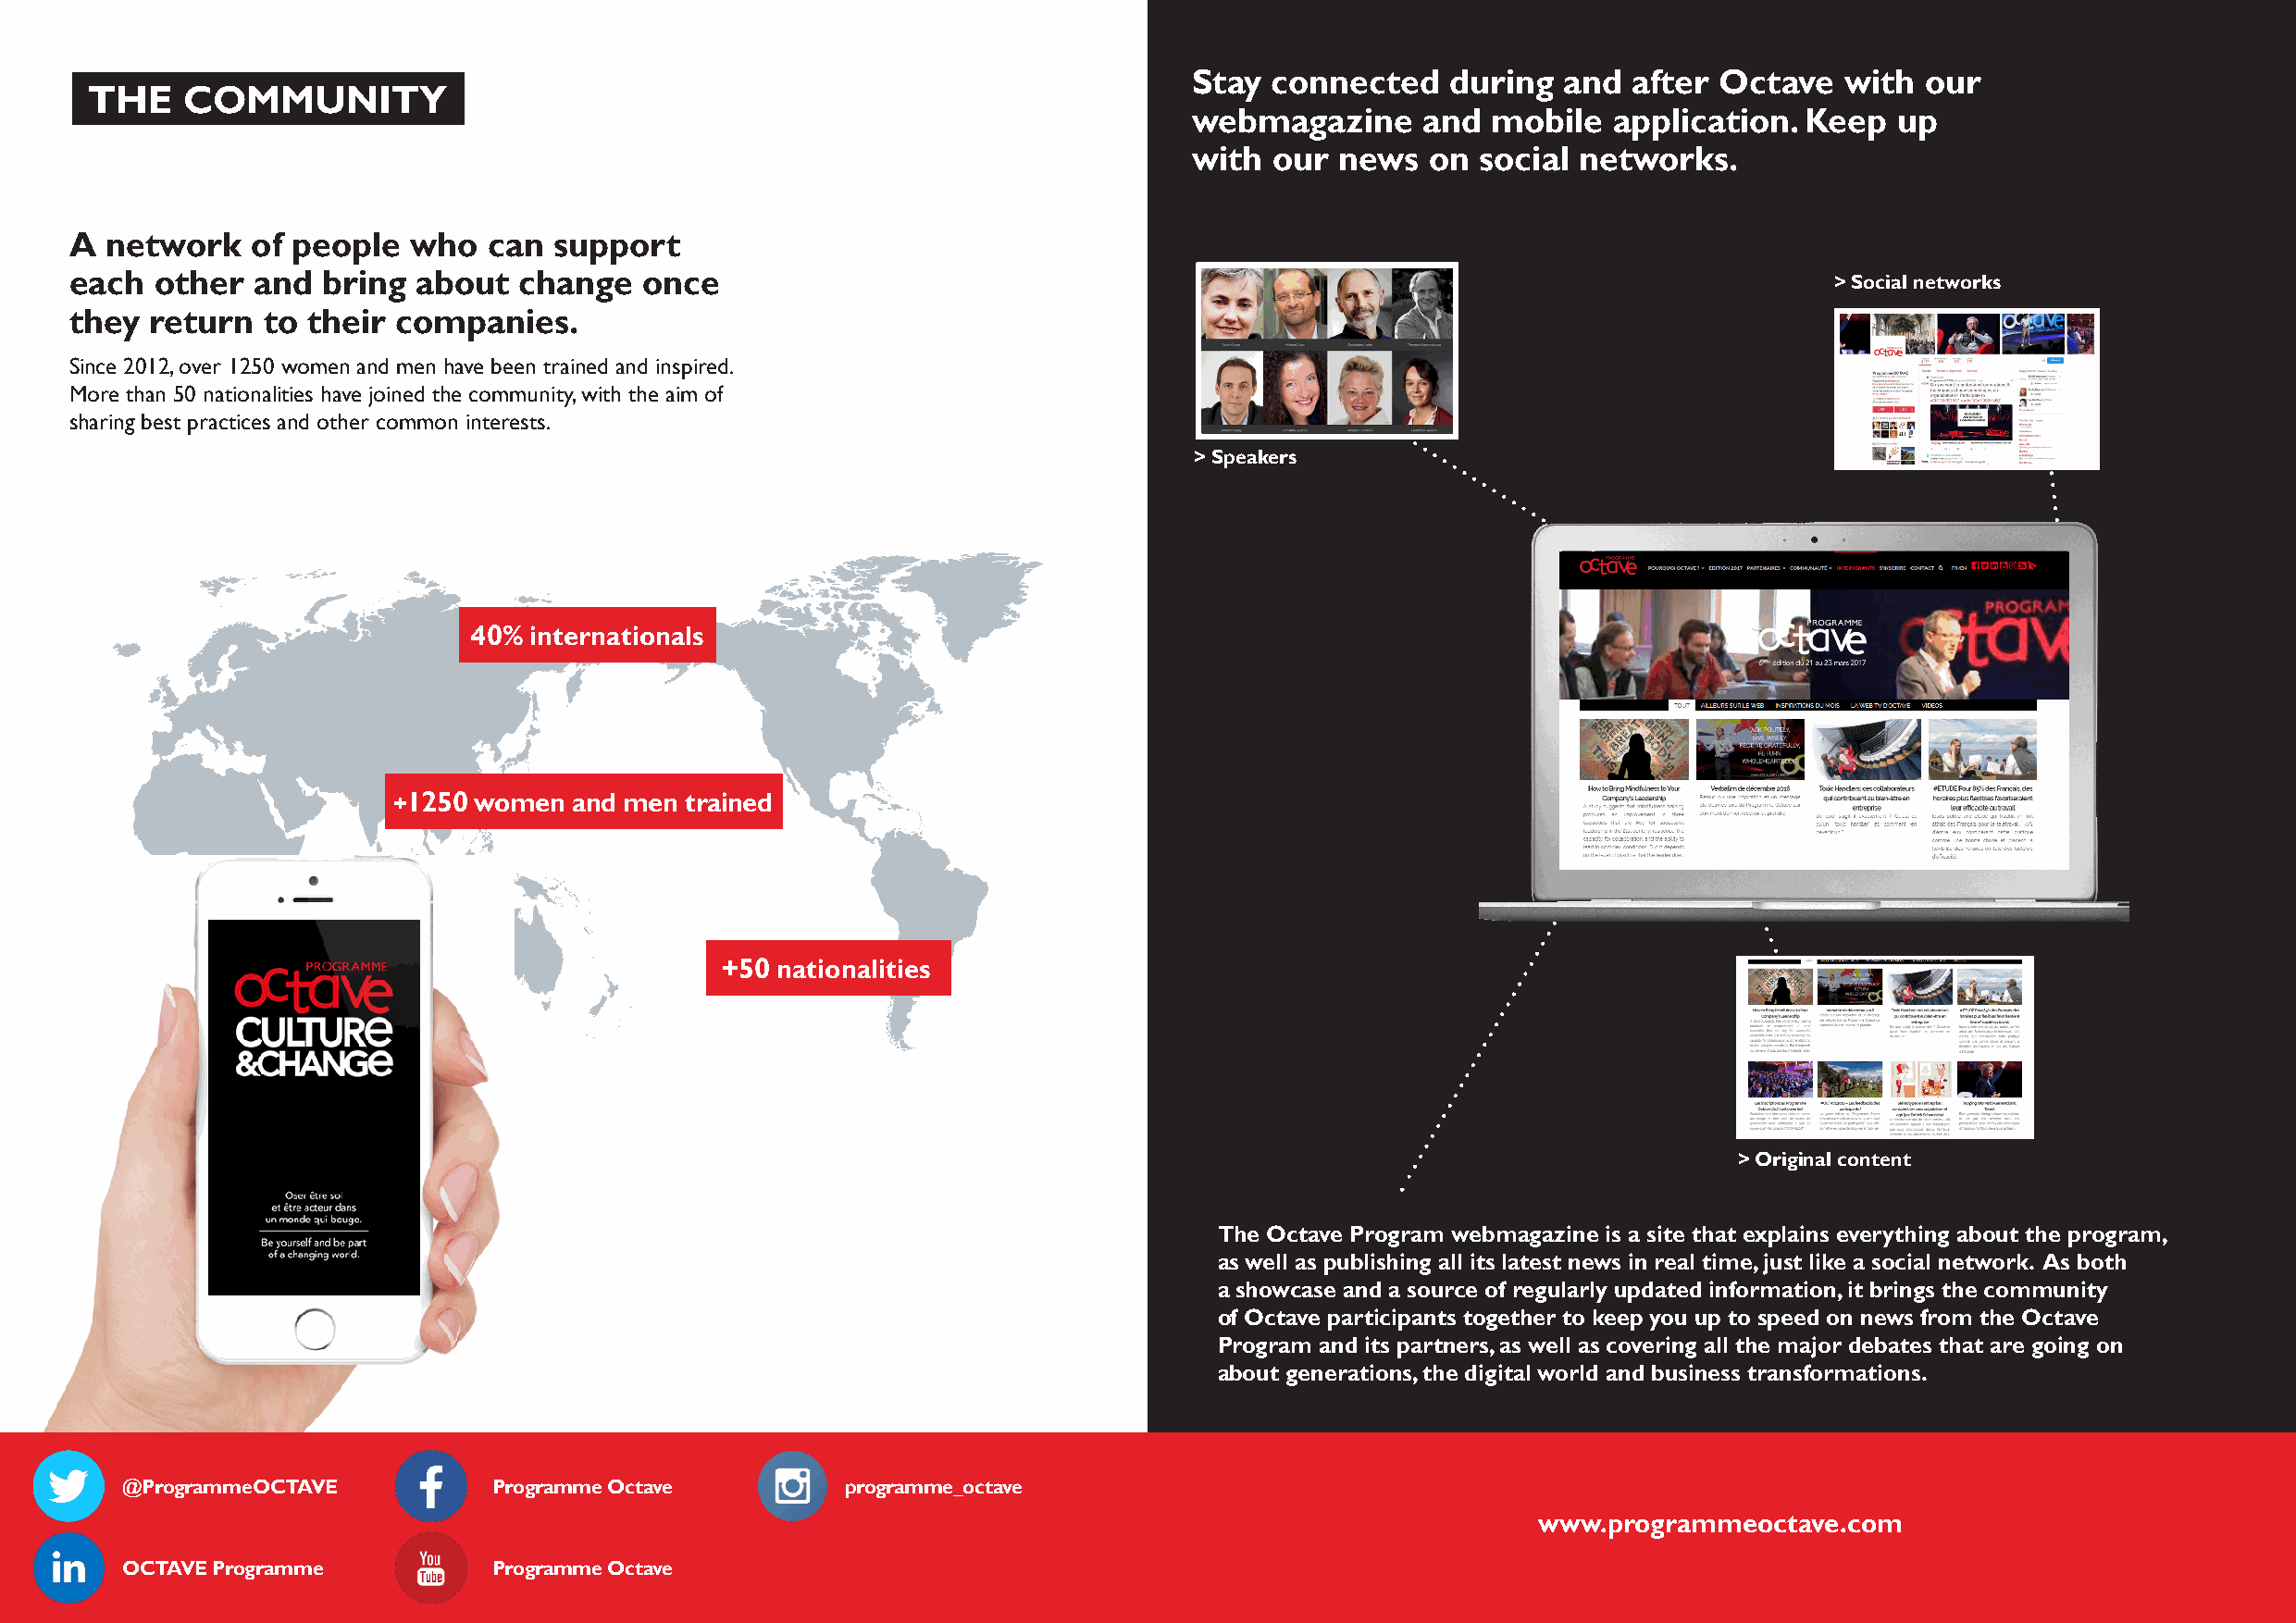
Stay  connected    during  and  after Octave   with  our
 THE    COMMUNITY
 webmagazine      and  mobile  application.  Keep   up
 with  our  news  on  social networks.
 A  network   of people  who   can  support
 each  other  and  bring  about  change   once                                                                                 > Social networks
 they  return  to their companies.
 Since 2012, over 1250 women and men have been trained and inspired.
 More than 50 nationalities have joined the community, with the aim of
 sharing best practices and other common interests.
 > Speakers
 40% internationals
 +1250 women  and men trained
 +50 nationalities
 > Original content
 The Octave Program webmagazine is a site that explains everything about the program,
 as well as publishing all its latest news in real time, just like a social network. As both
 a showcase and a source of regularly updated information, it brings the community
 of Octave participants together to keep you up to speed on news from the Octave
 Program and its partners, as well as covering all the major debates that are going on
 about generations, the digital world and business transformations.
 @ProgrammeOCTAVE          Programme Octave         programme_octave
 www.programmeoctave.com
 OCTAVE Programme          Programme Octave